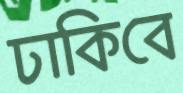
ঢাকিবে